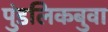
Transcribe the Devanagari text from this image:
पुंडलिकबुवा